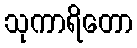
သုကာရိတော